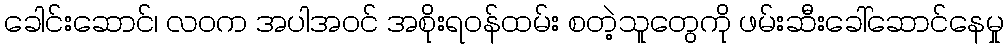
ခေါင်းဆောင်၊ လဝက အပါအဝင် အစိုးရဝန်ထမ်း စတဲ့သူတွေကို ဖမ်းဆီးခေါ်ဆောင်နေမှု